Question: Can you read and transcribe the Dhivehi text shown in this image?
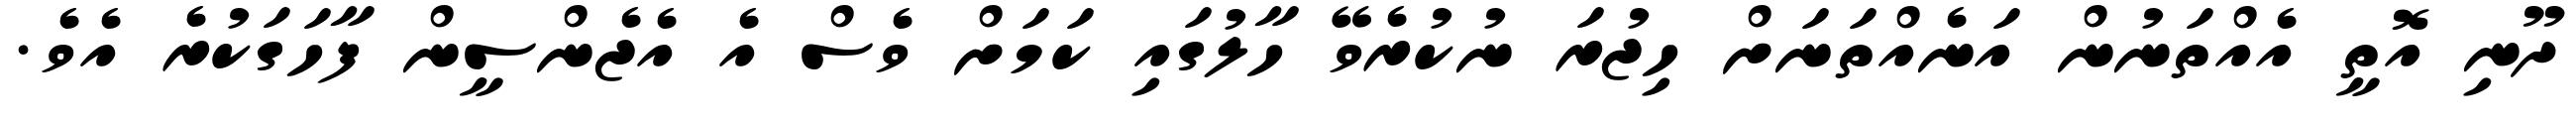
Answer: ދޫނި އޮތީ އެއްތަނުން އަނެއްތަނަށް ހިޖުރަ ނުކުރެވޭ ހާލުގައި ކަމަށް ވެސް އެ އެޖެންސީން ފާހަގަކުރެ އެވެ.